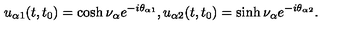
u _ { \alpha 1 } ( t , t _ { 0 } ) = \cosh \nu _ { \alpha } e ^ { - i \theta _ { \alpha 1 } } , u _ { \alpha 2 } ( t , t _ { 0 } ) = \sinh \nu _ { \alpha } e ^ { - i \theta _ { \alpha 2 } } .